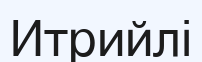
Итрийлі